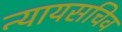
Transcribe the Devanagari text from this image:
न्यायसचिव